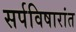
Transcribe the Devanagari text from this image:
सर्पविषारांत